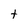
Character: t